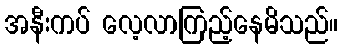
အနီးကပ် လေ့လာကြည့်နေမိသည်။